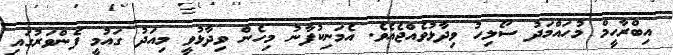
އިބްރާހީމް މުހައްމަދު ސޯލިހު ވިދާޅުވެއްޖެއެވެ. އެމަނިކުފާނު މިހެން ވިދާޅުވީ މިއަދު ގައުމީ ފެންވަރުގައި